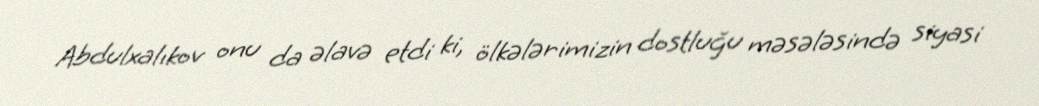
Abdulxalıkov onu da əlavə etdi ki, ölkələrimizin dostluğu məsələsində siyasi